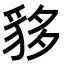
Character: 𧳁